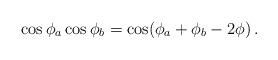
LaTeX: \begin{align*}\cos\phi_a\cos\phi_b=\cos(\phi_a+\phi_b-2\phi)\,.\end{align*}